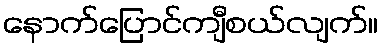
နောက်ပြောင်ကျီစယ်လျက်။